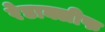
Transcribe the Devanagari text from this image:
रेडाक्लीफ